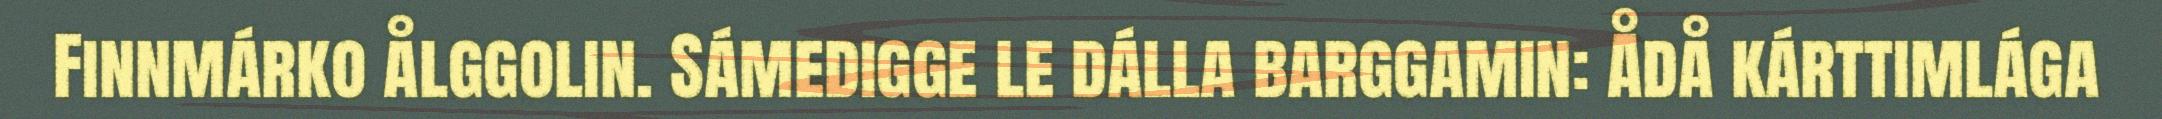
Finnmárko ålggolin. Sámedigge le dálla barggamin: Ådå kárttimlága